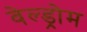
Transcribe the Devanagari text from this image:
वेल्ड्रोम